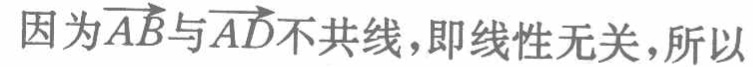
因为\(\overrightarrow{AB}\)与\(\overrightarrow{AD}\)不共线，即线性无关，所以